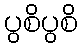
ပွစိပွစိ